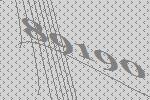
89190